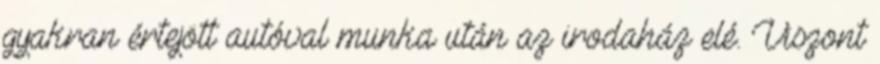
gyakran értejött autóval munka után az irodaház elé. Viszont